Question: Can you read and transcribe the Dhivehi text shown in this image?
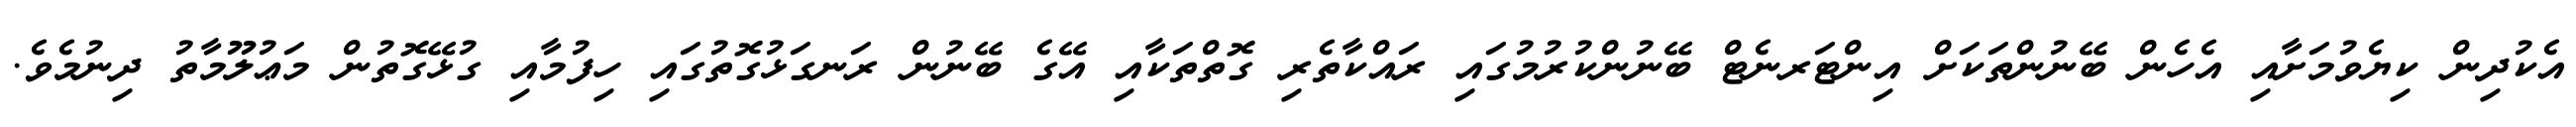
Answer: އެކުދިން ކިޔެވުމަށާއި އެހެން ބޭނުންތަކަށް އިންޓަރނެޓް ބޭނުންކުރުމުގައި ރައްކާތެރި ގޮތްތަކާއި އޭގެ ބޭނުން ރަނގަޅުގޮތުގައި ހިފުމާއި ގުޅޭގޮތުން މަޢުލޫމާތު ދިނުމެވެ.